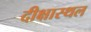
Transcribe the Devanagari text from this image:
दीक्षास्थल